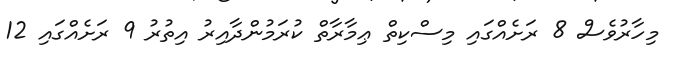
މިހާރުވެސް 8 ރަށެއްގައި މިސްކިތް ޢިމާރާތް ކުރަމުންދާއިރު އިތުރު 9 ރަށެއްގައި 12